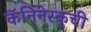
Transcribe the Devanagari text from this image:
कॅनिनेस्कूची